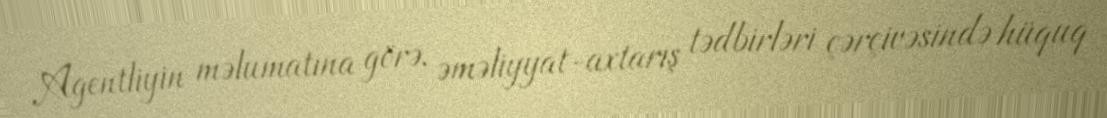
Agentliyin məlumatına görə, əməliyyat-axtarış tədbirləri çərçivəsində hüquq